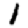
Digit: 1